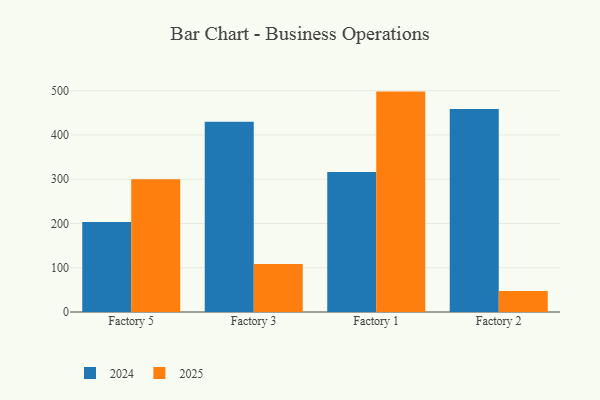
{"axis": {"x": "Factory", "y": "Customer Acquisition Cost (USD)"}, "legend": ["2024", "2025"], "data": [{"x": "Factory 5", "y": 203.5, "type": "2024"}, {"x": "Factory 5", "y": 300.1, "type": "2025"}, {"x": "Factory 3", "y": 429.7, "type": "2024"}, {"x": "Factory 3", "y": 108.5, "type": "2025"}, {"x": "Factory 1", "y": 316.2, "type": "2024"}, {"x": "Factory 1", "y": 498.0, "type": "2025"}, {"x": "Factory 2", "y": 458.5, "type": "2024"}, {"x": "Factory 2", "y": 47.2, "type": "2025"}]}